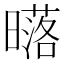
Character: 𣋛